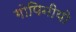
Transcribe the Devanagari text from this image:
गोपिनीयो